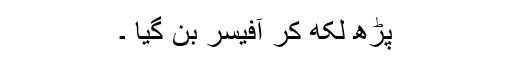
پڑھ لکھ کر آفیسر بن گیا ۔